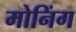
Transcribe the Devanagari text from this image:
मोनिंग